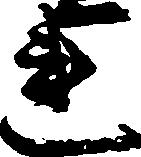
連